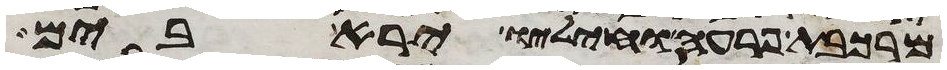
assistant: מרכבת פרעה וחיליו ירא בים